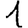
Digit: 1